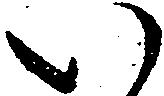
い